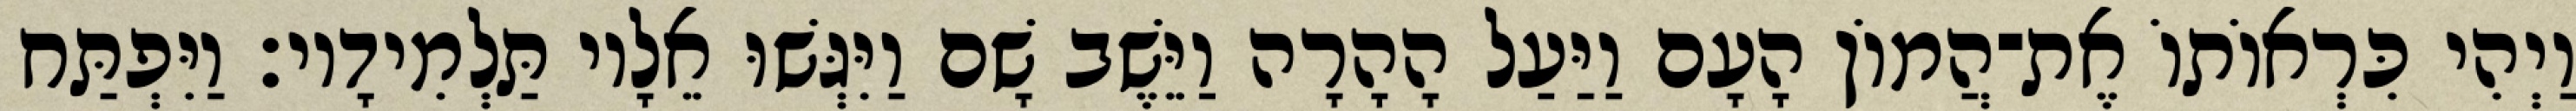
וַיְהִי כִּרְאוֹתוֹ אֶת־הֲמוֹן הָעָם וַיַּעַל הָהָרָה וַיֵּשֶׁב שָׁם וַיִּגְּשׁוּ אֵלָיו תַּלְמִידָיו׃ וַיִּפְתַּח